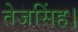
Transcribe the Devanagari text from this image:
तेजसिंह।